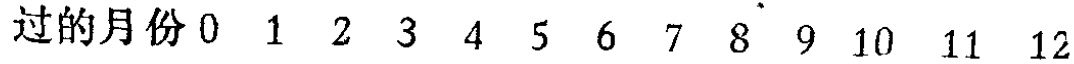
过的月份 0 1 2 3 4 5 6 7 8 9 10 11 12